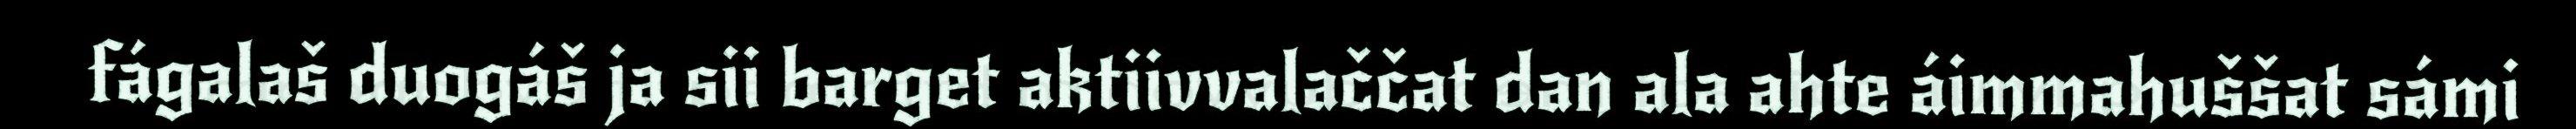
fágalaš duogáš ja sii barget aktiivvalaččat dan ala ahte áimmahuššat sámi